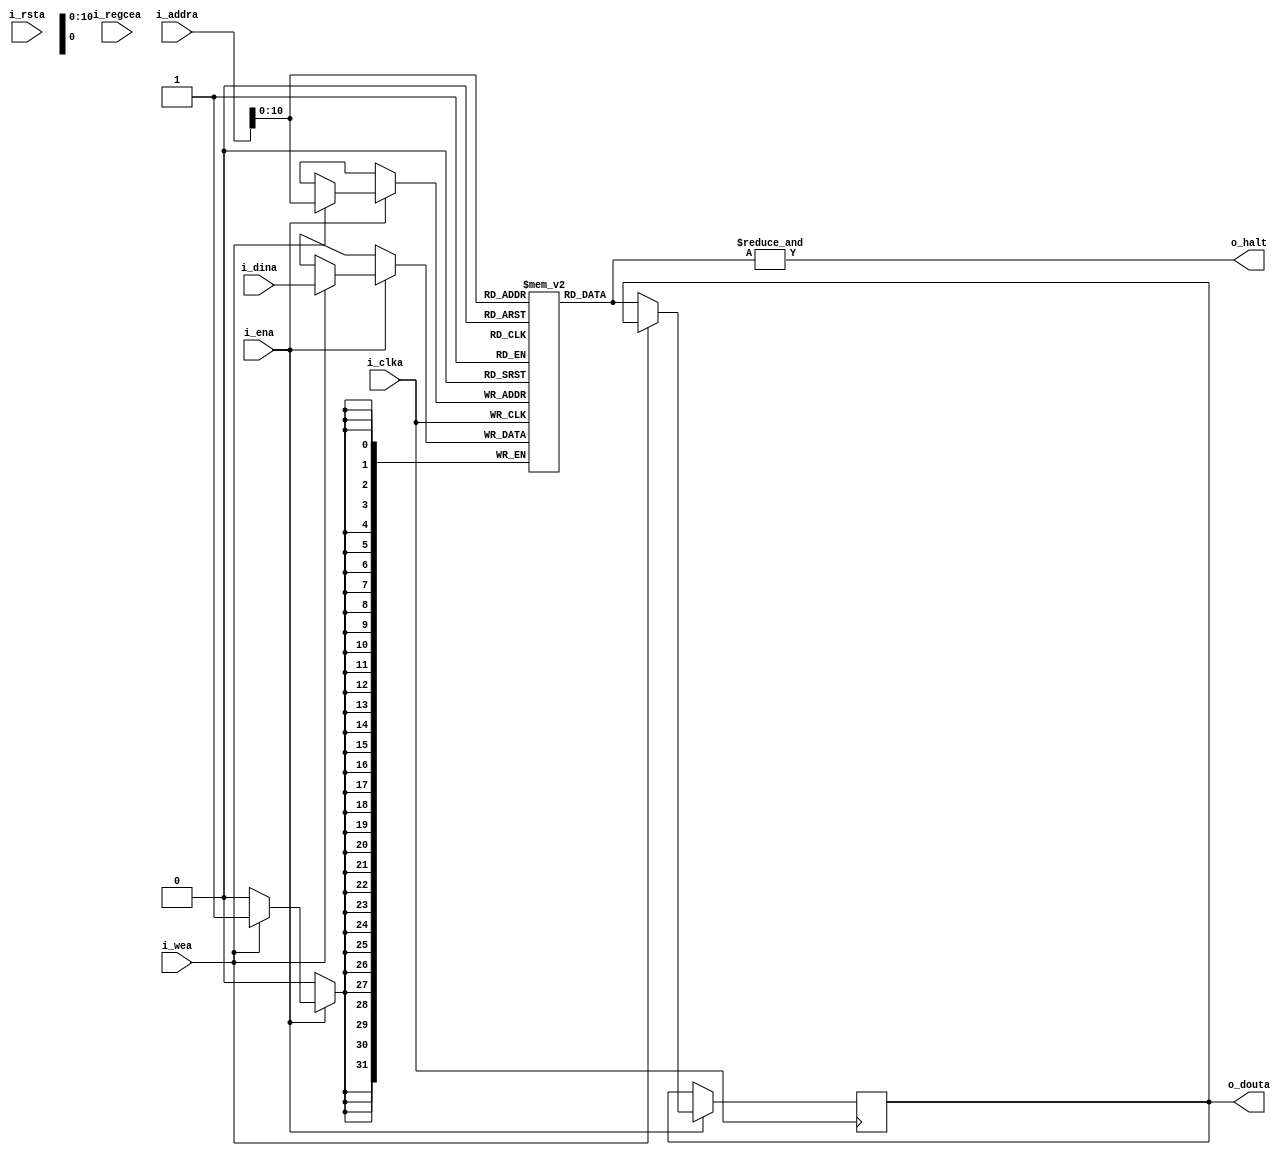
`timescale 1ns / 1ps

//  Xilinx Single Port No Change RAM
//  This code implements a parameterizable single-port no-change memory where when data is written
//  to the memory, the output remains unchanged.  This is the most power efficient write mode.
//  If a reset or enable is not necessary, it may be tied off or removed from the code.

module ROM #(
  parameter RAM_WIDTH = 32,                       // Specify RAM data width
  parameter RAM_DEPTH = 2048,                    // Specify RAM depth (number of entries)
  parameter RAM_PERFORMANCE = "LOW_LATENCY", // Select "HIGH_PERFORMANCE" or "LOW_LATENCY" 
  parameter INIT_FILE = ""                        // Specify name/location of RAM initialization file if using one (leave blank if not)
) (
  //input [clogb2(RAM_DEPTH-1)-1:0] i_addra,  // Address bus, width determined from RAM_DEPTH
  input [RAM_WIDTH-1:0] i_addra,
  input [RAM_WIDTH-1:0] i_dina,           // RAM input data
  input i_clka,                           // Clock
  input i_wea,                            // Write enable
  input i_ena,                            // RAM Enable, for additional power savings, disable port when not in use
  input i_rsta,                           // Output reset (does not affect memory contents)
  input i_regcea,                         // Output register enable
  output [RAM_WIDTH-1:0] o_douta,          // RAM output data
  output o_halt
);

  reg [RAM_WIDTH-1:0] BRAM [RAM_DEPTH-1:0];
  reg [RAM_WIDTH-1:0] ram_data = {RAM_WIDTH{1'b0}};
  
  assign o_halt = &BRAM[i_addra];
  
  // The following code either initializes the memory values to a specified file or to all zeros to match hardware
  generate
    if (INIT_FILE != "") begin: use_init_file
      initial
        $readmemh(INIT_FILE, BRAM, 0, RAM_DEPTH-1);
    end else begin: init_bram_to_zero
      integer ram_index;
      initial
        for (ram_index = 0; ram_index < RAM_DEPTH; ram_index = ram_index + 1)
          BRAM[ram_index] = {RAM_WIDTH{1'b0}};
    end
  endgenerate

  always @(posedge i_clka) begin
    if (i_ena)
      if (i_wea) begin
          // BRAM[1]  <= 32'b00100010010100110000000000001000; // 22 53 00 08
          // BRAM[2]  <= 32'b00100010010100110000000000001000; // 22 53 00 08
          // BRAM[3]  <= 32'b00100010010100110000000000001000; // 22 53 00 08
          // BRAM[4]  <= 32'b00100010010100110000000000001000; // 22 53 00 08
          // BRAM[5]  <= 32'b00100010010100110000000000001000; // 22 53 00 08
          // BRAM[6]  <= 32'b00100010010101000000000000001010; // 22 54 00 0A
          // BRAM[7]  <= 32'b00000010011101001010100000100001; // 02 74 A8 21
          // BRAM[8]  <= 32'b00000010100101011011000000100001; // 02 95 B0 21
          // BRAM[9]  <= 32'b00100010111101110000000000000001; // 22 F7 00 01
          // BRAM[10] <= 32'b00010010110101110000000000000001;
          // BRAM[11] <= 32'b00001000000000000000000000000000;
          // BRAM[12] <= 32'b00100010010100110000000000001000; // 22 53 00 08
          // BRAM[13] <= 32'b00100010010100110000000000001000; // 22 53 00 08
          // BRAM[14] <= 32'b00100010010100110000000000001000; // 22 53 00 08
          // BRAM[15] <= 32'b00100010010100110000000000001000; // 22 53 00 08
          // BRAM[16] <= 32'b00100010010100110000000000001000; // 22 53 00 08
          // BRAM[17] <= 32'b00000000000000000000000000000001; // 00 00 00 01
          // BRAM[18] <= 32'b00000000000000000000000000000001; // 00 00 00 01
          // BRAM[19] <= 32'b00000000000000000000000000000001; // 00 00 00 01
          // BRAM[20] <= 32'b00000000000000000000000000000001; // 00 00 00 01

          BRAM[i_addra] <= i_dina;
          

      end
      else
        ram_data <= BRAM[i_addra];
  end

  //  The following code generates HIGH_PERFORMANCE (use output register) or LOW_LATENCY (no output register)
  generate
    if (RAM_PERFORMANCE == "LOW_LATENCY") begin: no_output_register

      // The following is a 1 clock cycle read latency at the cost of a longer clock-to-out timing
       assign o_douta = ram_data;

    end else begin: output_register //NO SE USA

      // The following is a 2 clock cycle read latency with improve clock-to-out timing

      reg [RAM_WIDTH-1:0] douta_reg = {RAM_WIDTH{1'b0}};

      always @(posedge i_clka)
        if (i_rsta)
          douta_reg <= {RAM_WIDTH{1'b0}};
        else if (i_regcea)
          douta_reg <= ram_data;

      assign o_douta = douta_reg;

    end
  endgenerate

  //  The following function calculates the address width based on specified RAM depth
  function integer clogb2;
    input integer depth;
      for (clogb2=0; depth>0; clogb2=clogb2+1)
        depth = depth >> 1;
  endfunction

endmodule

// The following is an instantiation template for xilinx_single_port_ram_no_change
/*
  //  Xilinx Single Port No Change RAM
  xilinx_single_port_ram_no_change #(
    .RAM_WIDTH(18),                       // Specify RAM data width
    .RAM_DEPTH(1024),                     // Specify RAM depth (number of entries)
    .RAM_PERFORMANCE("HIGH_PERFORMANCE"), // Select "HIGH_PERFORMANCE" or "LOW_LATENCY" 
    .INIT_FILE("")                        // Specify name/location of RAM initialization file if using one (leave blank if not)
  ) your_instance_name (
    .addra(addra),    // Address bus, width determined from RAM_DEPTH
    .dina(dina),      // RAM input data, width determined from RAM_WIDTH
    .clka(clka),      // Clock
    .wea(wea),        // Write enable
    .ena(ena),        // RAM Enable, for additional power savings, disable port when not in use
    .rsta(rsta),      // Output reset (does not affect memory contents)
    .regcea(regcea),  // Output register enable
    .douta(douta)     // RAM output data, width determined from RAM_WIDTH
  );
  */